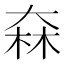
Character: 㚞